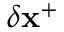
\delta \mathbf { x } ^ { + }